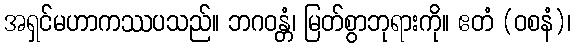
အရှင်မဟာကဿပသည်။ ဘဂဝန္တံ၊ မြတ်စွာဘုရားကို။ ဧတံ (ဝစနံ)၊